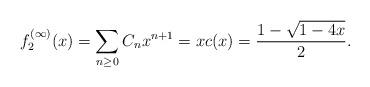
LaTeX: \begin{align*}f^{(\infty)}_2(x)&=\sum_{n\geq 0}C_nx^{n+1}=xc(x)=\frac{1-\sqrt{1-4x}}{2}.\end{align*}